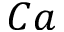
C a